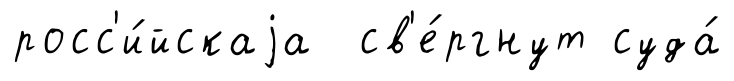
росс'и́йскаjа св'е́ргнут суда́